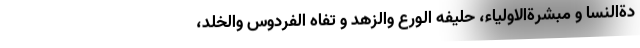
دةالنسا و مبشرةالاولیاء، حلیفه الورع والزهد و تفاه الفردوس والخلد،